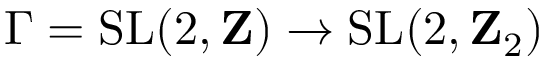
\Gamma = \mathrm { S L } ( 2 , \mathbf { Z } ) \to \mathrm { S L } ( 2 , \mathbf { Z } _ { 2 } )